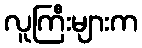
လူကြီးများက